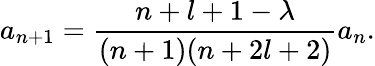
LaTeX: a_{n+1}=\frac{n+l+1-\lambda}{(n+1)(n+2l+2)}a_{n}.